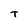
Character: T